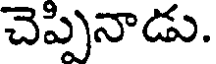
చెప్పినాడు.